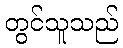
တွင်သူသည်